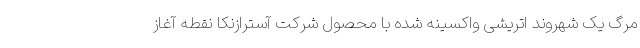
مرگ یک شهروند اتریشی واکسینه شده با محصول شرکت آسترازنکا نقطه آغاز